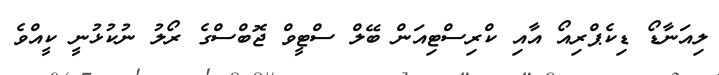
ލިއަނާޑޯ ޑިކެޕްރިއޯ އާއި ކްރިސްޓިއަން ބޭލް ސްޓީވް ޖޮބްސްގެ ރޯލު ނުކުޅުނީ ކީއްވެ